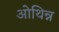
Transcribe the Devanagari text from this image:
ओथिन्न